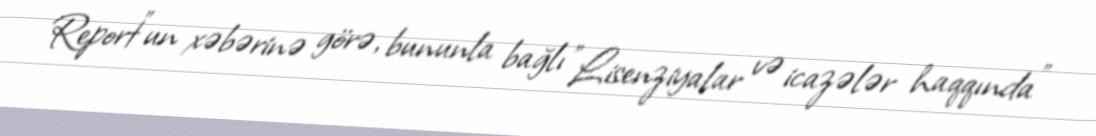
Report"un xəbərinə görə, bununla bağlı "Lisenziyalar və icazələr haqqında"